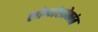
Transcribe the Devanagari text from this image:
लोकांलोकांत